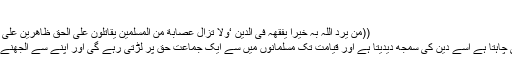
)
((من یرد اللّٰہ بہ خیرا یفقھہ فی الدین ‘ولا تزال عصابة من المسلمین یقاتلون علی الحق ظاھرین علی من ناواھم الی یوم القیامة))
’’اللہ جس کے ساتھ بھلائی چاہتا ہے اسے دین کی سمجھ دیدیتا ہے اور قیامت تک مسلمانوں میں سے ایک جماعت حق پر لڑتی رہے گی اور اپنے سے الجھنے والوں پر غالب رہے گی ۔